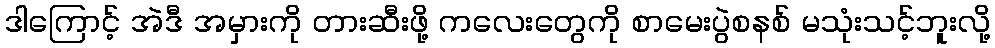
ဒါကြောင့် အဲဒီ အမှားကို တားဆီးဖို့ ကလေးတွေကို စာမေးပွဲစနစ် မသုံးသင့်ဘူးလို့